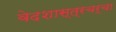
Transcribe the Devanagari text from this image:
वेदशास्त्रचर्चा